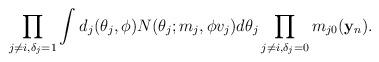
LaTeX: \begin{align*}\prod_{j\neq i, \delta_j=1}^{} \int_{}^{}\!\, d_j(\theta_j,\phi) N(\theta_j; m_j, \phi v_j) d\theta_j \prod_{j \neq i, \delta_j=0}^{}m_{j0}({\bf y}_n).\end{align*}